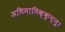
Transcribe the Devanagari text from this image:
अभिमानिक्कुन्नु।